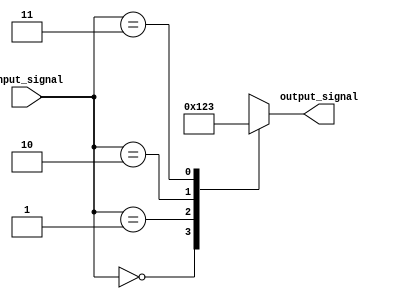
module parallel_case_statement (
    input wire [1:0] input_signal,
    output wire [3:0] output_signal
);

reg [3:0] result;

always @* begin
    case(input_signal)
        2'b00: begin
            // Block of code for case value 00
            result = 4'b0000;
        end
        2'b01: begin
            // Block of code for case value 01
            result = 4'b0001;
        end
        2'b10: begin
            // Block of code for case value 10
            result = 4'b0010;
        end
        2'b11: begin
            // Block of code for case value 11
            result = 4'b0011;
        end
        default: begin
            // Block of code for default case
            result = 4'b1111;
        end
    endcase
end

assign output_signal = result;

endmodule